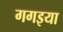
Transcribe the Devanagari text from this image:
गगइया